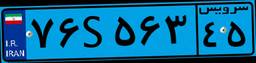
۶۷S۶۳۲۳۸